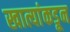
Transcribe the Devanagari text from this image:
खात्यांकडून